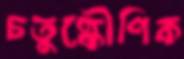
চতুষ্কৌণিক